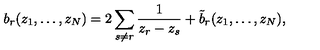
b _ { r } ( z _ { 1 } , \ldots , z _ { N } ) = 2 \sum _ { s \ne r } \frac { 1 } { z _ { r } - z _ { s } } + \tilde { b } _ { r } ( z _ { 1 } , \ldots , z _ { N } ) ,